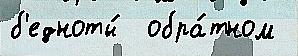
б'едноты́  обра́тном